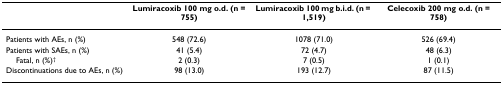
<table><thead><tr><td></td><td><b>Lumiracoxib 100 mg o.d. (n = 755)</b></td><td><b>Lumiracoxib 100 mg b.i.d. (n = 1,519)</b></td><td><b>Celecoxib 200 mg o.d. (n = 758)</b></td></tr></thead><tbody><tr><td>Patients with AEs, n (%)</td><td>548 (72.6)</td><td>1078 (71.0)</td><td>526 (69.4)</td></tr><tr><td>Patients with SAEs, n (%)</td><td>41 (5.4)</td><td>72 (4.7)</td><td>48 (6.3)</td></tr><tr><td> Fatal, n (%)<sup>†</sup></td><td>2 (0.3)</td><td>7 (0.5)</td><td>1 (0.1)</td></tr><tr><td>Discontinuations due to AEs, n (%)</td><td>98 (13.0)</td><td>193 (12.7)</td><td>87 (11.5)</td></tr></tbody></table>